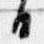
日